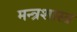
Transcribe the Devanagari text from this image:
मन्त्रशास्त्र